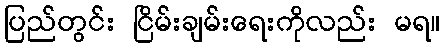
ပြည်တွင်း ငြိမ်းချမ်းရေးကိုလည်း မရ။